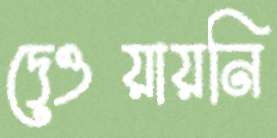
দেওয়ায়নি